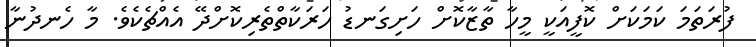
ފުރަތަމަ ކަމަކަށް ކޮފީއަކީ މީހާ ތާޒާކޮށް ހަށިގަނޑު ހަރަކާތްތެރިކޮށްދޭ އެއްޗެކެވެ. މާ ހެނދުނާ